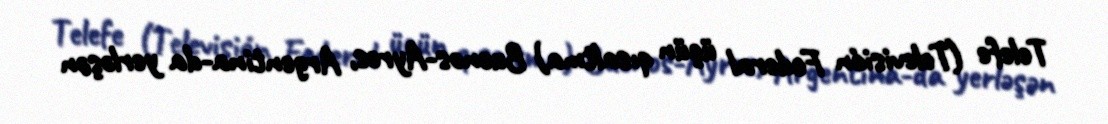
Telefe (Televisión Federal üçün qısaltma) Buenos-Ayres, Argentina-da yerləşən